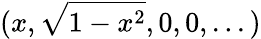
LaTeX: (x,\sqrt{1-x^{2}},0,0,...)